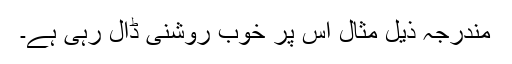
مندرجہ ذیل مثال اس پر خوب روشنی ڈال رہی ہے۔